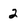
Character: 2